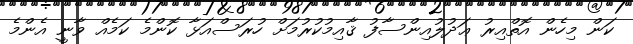
ކަން މިހެން އޮތްއިރު ޢަދުލުއިންސާފު ޤާއިމުކުރުމަށް ހުރަސްއަޅާ ކޮންމެ ކަމެއް ވާނީ އެންމެ